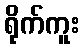
ရိုက်ကူး